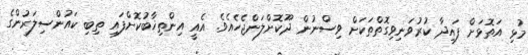
މުޅި އަތޮޅަށް ފައިދާ ކުރުވަނިވިގޮތްތަކަށް ވިސްނުން ދޫކޮށްލަންޖެހެއެވެ. އެއީ އިންތިޚާބުކޮށްފައި ތިބި ކައުންސިލަރުންގެ